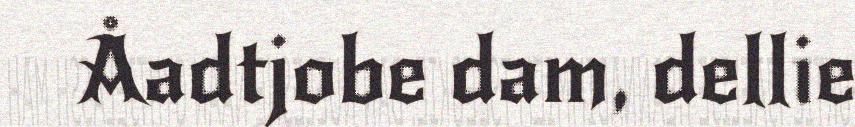
Åadtjobe dam, dellie